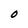
Character: O